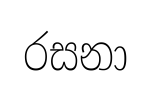
රසනා